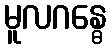
မူလဂန္ဓေ